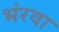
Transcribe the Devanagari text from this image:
भंरवा